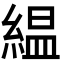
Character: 緼